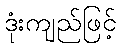
ဒုံးကျည်ဖြင့်